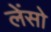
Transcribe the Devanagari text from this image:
लेंसो